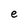
Character: e